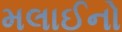
મલાઈનો